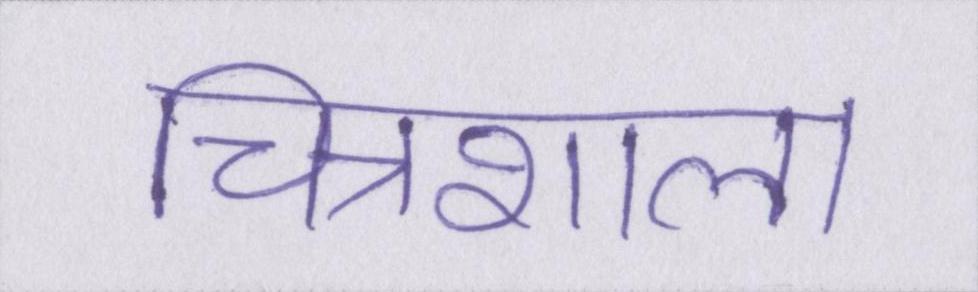
चित्रशाला